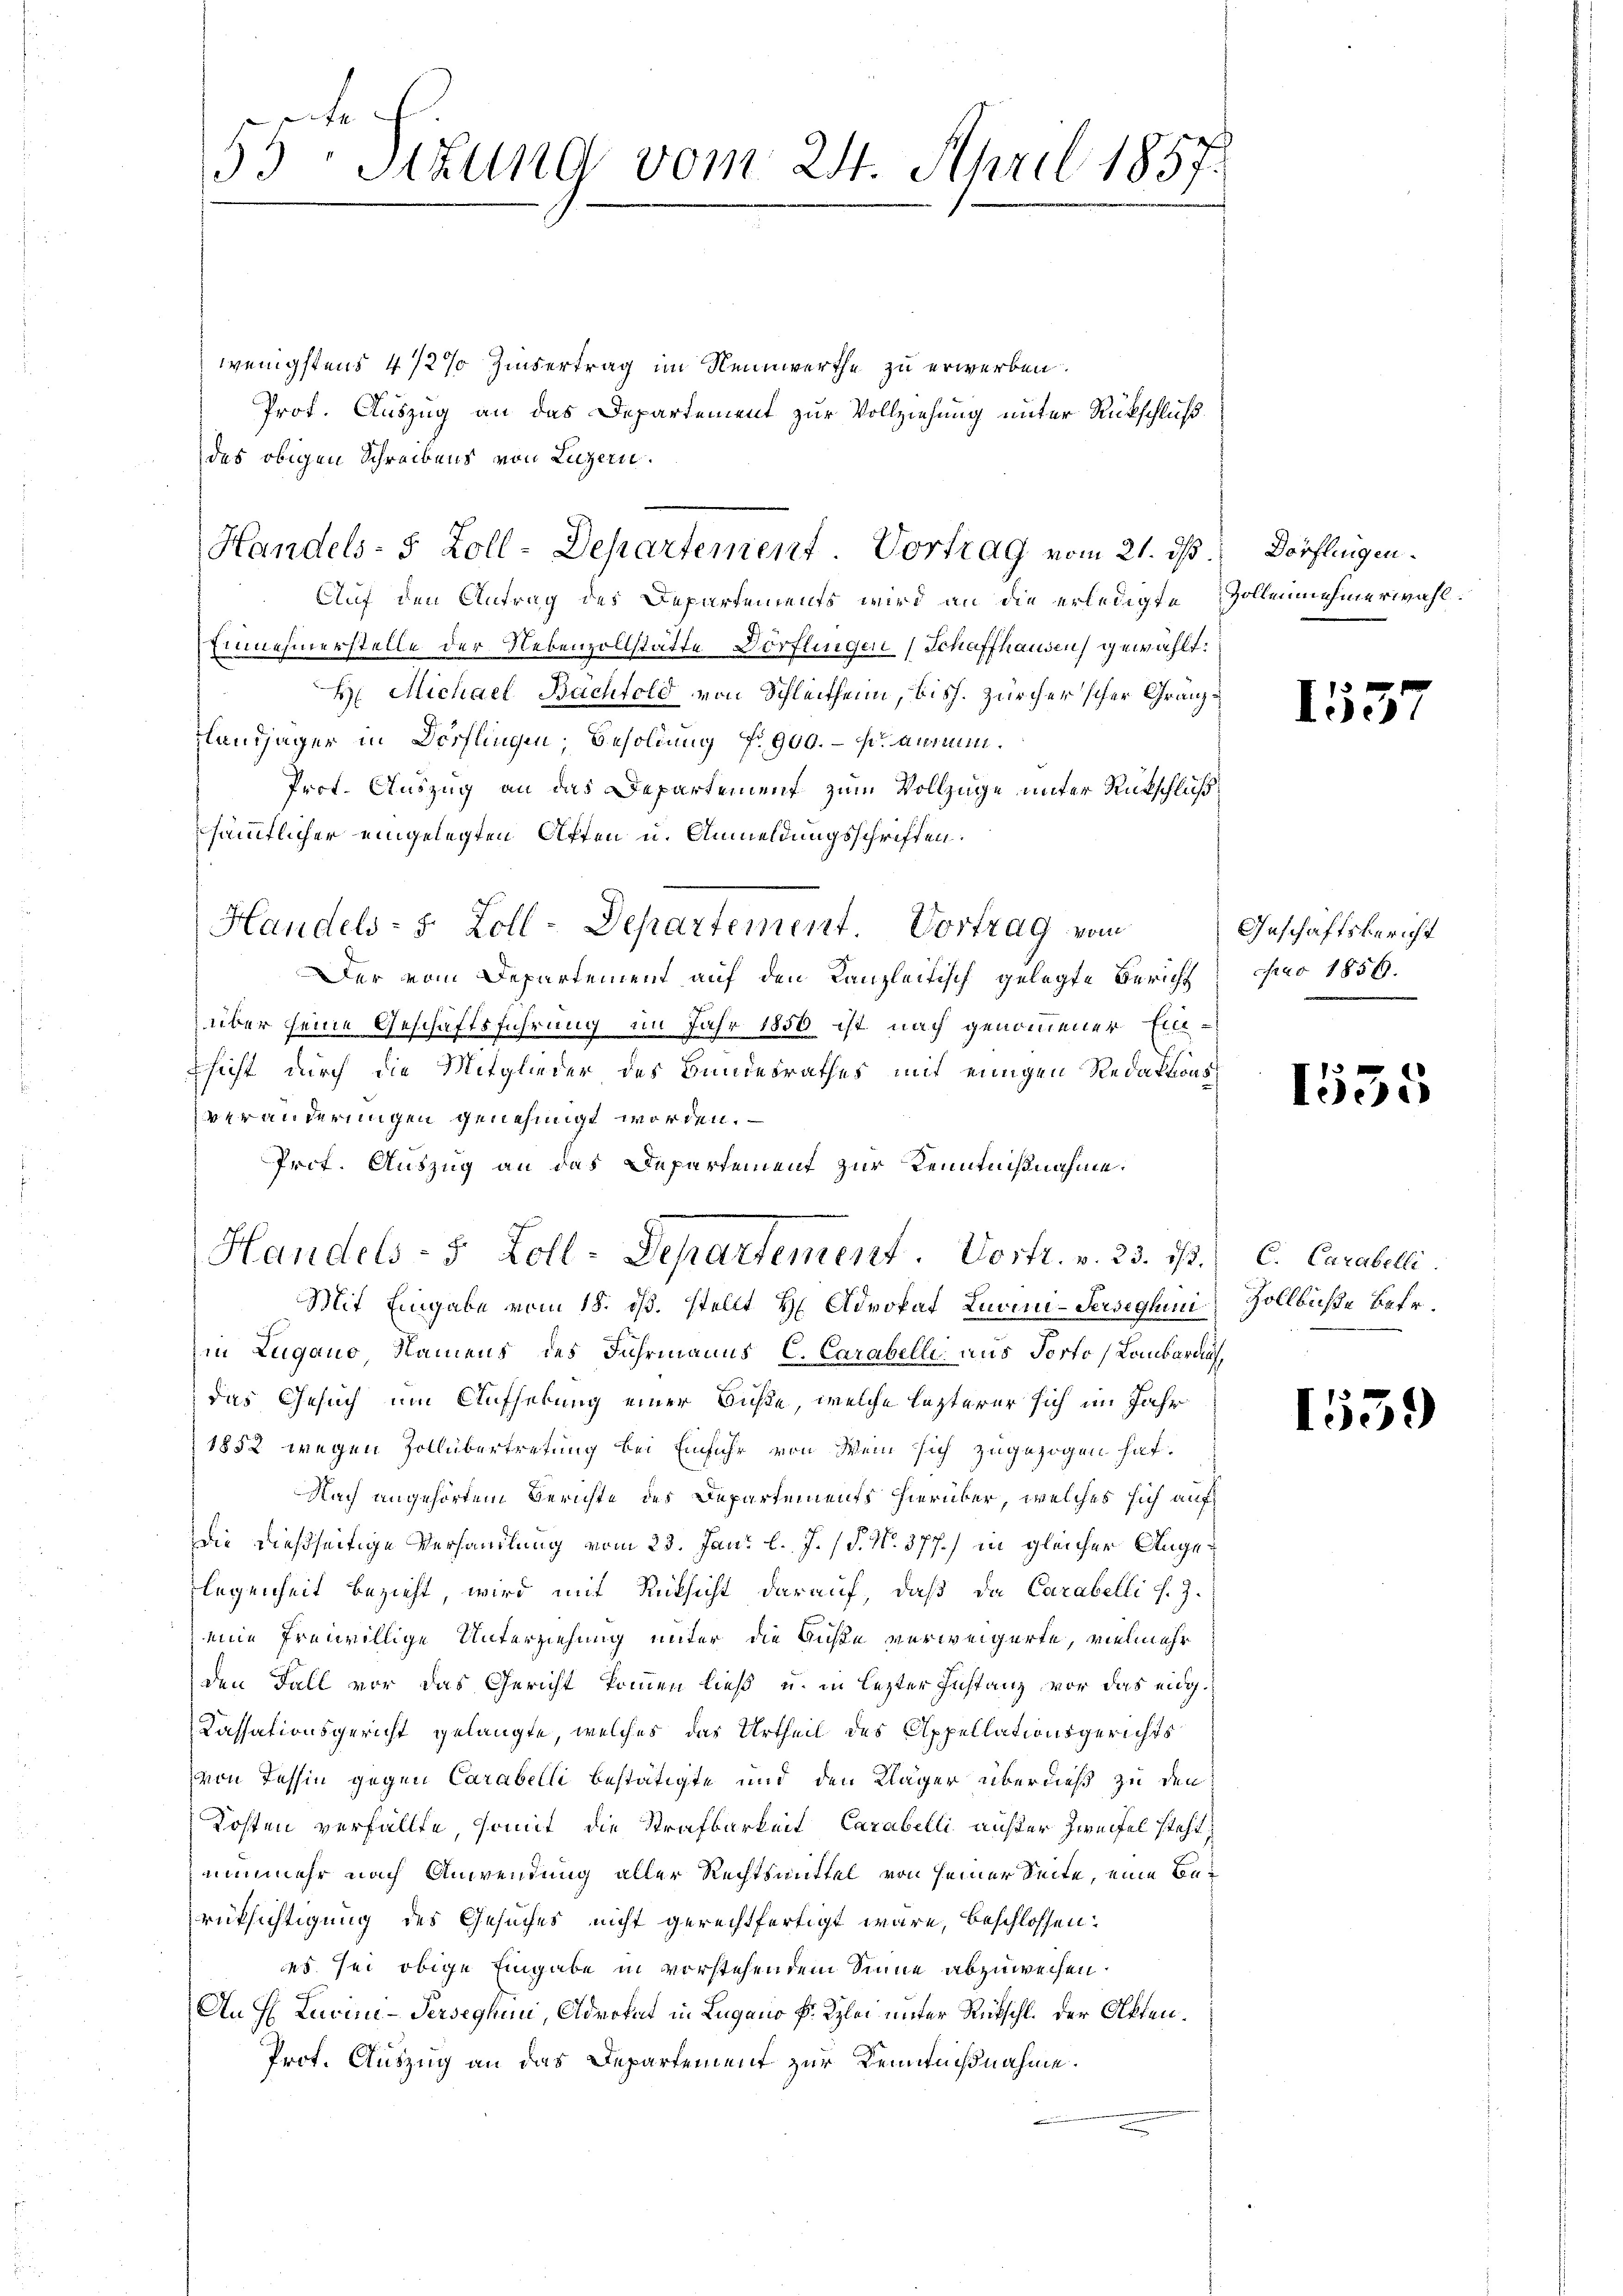
55 Sizung vom 24. April 1857.

wenigstens 4 1/2% Zinsertrag im Nennwerthe zu erwerben.
Prot. Auszug an das Departement zur Vollziehung unter Rückschluß
des obigen Schreibens von Luzern.
Auf den Antrag des Departements wird an die erledigte Zollennehmerwähl¬
Einnehmerstelle der Nebenzollstätte Dorflingen (Schaffhausen) gewählt:
H. Michael Bachfold von Schleithenn, bish. Zürcher scher Granz¬
Landjäger in Dörflingen, Besoldung Nr. 900.- Fr. animi¬
Prot. Auszug an das Departement zum Vollzüge unter Rükschluß
sämmtlicher eingelegten Affen u. Anmeldungsschriften:
Handels- 5 Zoll-Departement. Vortrag vom
Der vom Departement auf den Kanzleitisch gelegte Bericht pro 1856.
über seine Geschäftsführung im Jahr 1850 ist nach genommener Eilessicht durch die Mitglieder des Bundesrathes mit einigen Redaktionsveränderungen genehmigt worden.
Prof. Auszug an das Departement zur Kenntnißnahme.
Handels- 5 Zoll-Departement. Vortr. v. 23. ist. C. Carabelli
Mit Eingabe vom 18. ds. stellt H: Advokat Luam-Jerseghini, Zollbuße betr.
in Lugano Namens des Fuhrmanns C. Carabelli aus Porto Lombardis,
das Gesuch um Aufhebung einer Buße, welche lezterer sich im Jahr
1852 wegen Zollübertretung bei Einfuhr von Wein sich zugezogen hat.
Nach angehörtem Berichte des Departements hierüber, welches sich auf
Die dießseitige Verhandlung vom 23. Jan. l. J. (T. N. 377.) in gleicher Angelegenheit bezieht, wird mit Rücksicht darauf, daß da Carabelli s. Z.
eine freiwillige Unterziehung unter die Buße verweigerte, vielmehr
den Fall vor das Gericht kommen ließ u. in lezter Instanz vor das eidg¬
Kassationsgericht gelangte, welches das Urtheil des Appellationsgerichts
von Tessin gegen Carabelli bestätigte und den Kläger überdieß zu den
Kosten verfällte, somit die Strafbarkeit Carabelli auf der Zweifel steht,
nunmehr nach Anwendung aller Rechtsmittel von seiner Seite, eine Berüksichtigung des Gesuches nicht gerechtfertigt wäre, beschlossen:
es sei obige Eingabe in vorstehendem Sinne abzuweisen.
An H Luvini-Persegnun, Advokat in Lugano P. Kzlei unter Rütschl. Der Olften¬
Prot. Auszug an das Departement zur Kenntnißnahme.

Handels- 5 Zoll-Departement Vortrag vom 21. ds.

Dorflingen.

1537

Geschäftsbericht

1535

1539